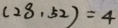
( 2 8 , 5 2 ) = 4